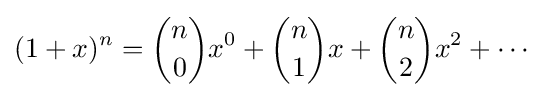
(1+x)^{n}={n \choose 0}x^{0}+{n \choose 1}x+{n \choose 2}x^{2}+\cdots